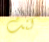
كنت